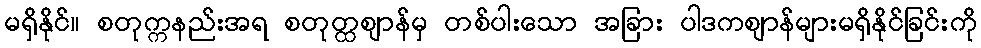
မရှိနိုင်။ စတုက္ကနည်းအရ စတုတ္ထဈာန်မှ တစ်ပါးသော အခြား ပါဒကဈာန်များမရှိနိုင်ခြင်းကို